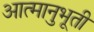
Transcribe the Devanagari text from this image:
आत्मानुभूती